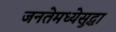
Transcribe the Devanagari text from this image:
जनतेमध्येसुद्धा